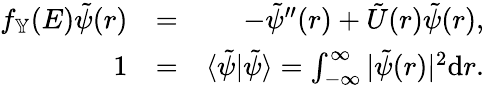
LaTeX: \begin{array}{rlr}{f_{\mathbb{Y}}(E)\tilde{\psi}(r)}&{=}&{-\tilde{\psi}^{\prime\prime}(r)+\tilde{U}(r)\tilde{\psi}(r),}\\ {1}&{=}&{\langle\tilde{\psi}|\tilde{\psi}\rangle=\int_{-\infty}^{\infty}|\tilde{\psi}(r)|^{2}{\textrm d}r.}\end{array}